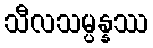
သီလသမ္ပန္နဿ